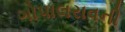
ગોપાલરાવની